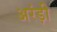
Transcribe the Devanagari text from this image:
अरंड़ी